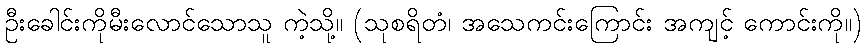
ဦးခေါင်းကိုမီးလောင်သောသူ ကဲ့သို့။ (သုစရိတံ၊ အသေကင်းကြောင်း အကျင့် ကောင်းကို။)